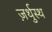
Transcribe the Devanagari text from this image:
ज़र्थुस्थ